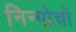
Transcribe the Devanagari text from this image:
निन्पोचो